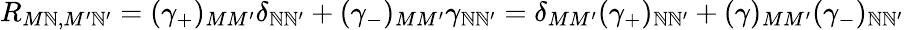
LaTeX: R_{M\mathbb{N},M^{\prime}\mathbb{N}^{\prime}}=(\gamma_{+})_{MM^{\prime}}\delta_{\mathbb{N}\mathbb{N}^{\prime}}+(\gamma_{-})_{MM^{\prime}}\gamma_{\mathbb{N}\mathbb{N}^{\prime}}=\delta_{MM^{\prime}}(\gamma_{+})_{\mathbb{N}\mathbb{N}^{\prime}}+(\gamma)_{MM^{\prime}}(\gamma_{-})_{\mathbb{N}\mathbb{N}^{\prime}}